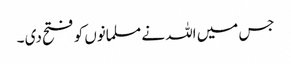
جس میں اللہ نے مسلمانوں کو فتح دی ۔